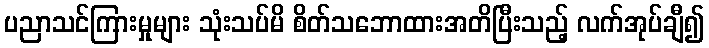
ပညာသင်ကြားမှုများ သုံးသပ်မိ စိတ်သဘောထားအတိပြီးသည့် လက်အုပ်ချီ၍